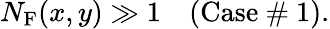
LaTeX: N_{\textrm{F}}(x,y)\gg 1\quad\textrm{(Case~\# 1)}.